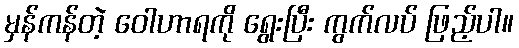
မှန်ကန်တဲ့ ဝေါဟာရကို ရွေးပြီး ကွက်လပ် ဖြည့်ပါ။